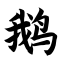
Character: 鹅